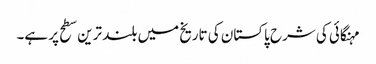
مہنگائی کی شرح پاکستان کی تاریخ میں بلند ترین سطح پر ہے۔